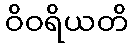
ဝိဝရိယတိ